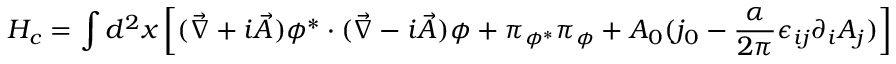
H _ { c } = \int d ^ { 2 } x \left[ ( { \vec { \nabla } } + i { \vec { A } } ) \phi ^ { * } \cdot ( { \vec { \nabla } } - i { \vec { A } } ) \phi + \pi _ { \phi ^ { * } } \pi _ { \phi } + A _ { 0 } ( j _ { 0 } - \frac { \alpha } { 2 \pi } \epsilon _ { i j } \partial _ { i } A _ { j } ) \right]